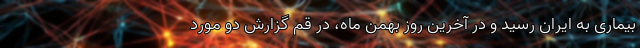
بیماری به ایران رسید و در آخرین روز بهمن ماه، در قم گزارش دو مورد